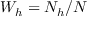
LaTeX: W _ { h } = N _ { h } / N